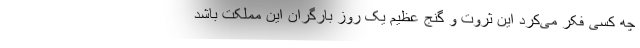
چه کسی فکر می‌کرد این ثروت و گنج عظیم یک روز بارگران این مملکت باشد